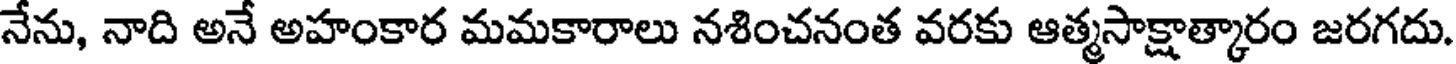
నేను, నాది అనే అహంకార మమకారాలు నశించనంత వరకు ఆత్మసాక్షాత్కారం జరగదు.